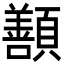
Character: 𩕊